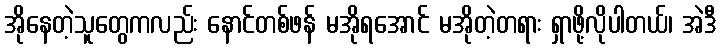
အိုနေတဲ့သူတွေကလည်း နောင်တစ်ဖန် မအိုရအောင် မအိုတဲ့တရား ရှာဖို့လိုပါတယ်၊ အဲဒီ